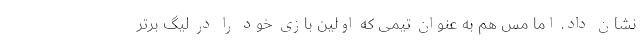
نشان داد. اما مس هم به عنوان تیمی که اولین بازی خود را در لیگ برتر